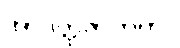
အာဒိတ္ထဇာတက။